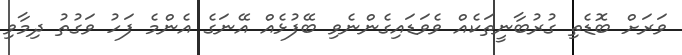
ވަރަށް ބޮޑެތި ގުރުބާނީތަކެއް ވެވަޑައިގެންނެވި ބޭފުޅެއް އޭނަގެ އެންމެ ފަހު ވަގުތު ދިމާވި